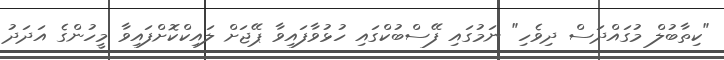
"ކިތާބުލް މުގައްދަސް ދިވެހި" ނަމުގައި ފޭސްބުކްގައި ހުޅުވާފައިވާ ޕޭޖަށް ލައިކްކޮށްފައިވާ މީހުންގެ އަދަދު